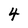
Character: 4